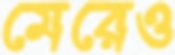
মেরেও